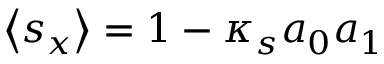
\left\langle s _ { x } \right\rangle = 1 - \kappa _ { s } a _ { 0 } a _ { 1 }